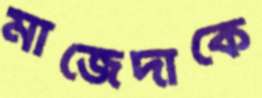
মাজেদাকে